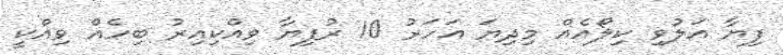
ފިޔާ އަލުވި ކިލޯއެއް މިދިޔަ އަހަރު 10 ރުފިޔާ ވިއްކިއިރު ބިހެއް ވިއްކީ